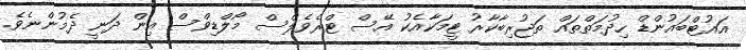
އައުޓްބައުންޑް ހިދުމަތްތައް ތަޖުރިބާކާރު ޓީމަކާއެކު އޭސް ޓްރެވެލްސް މޯލްޑިވްސް އިން ދަނީ ދެމުންނެވެ.